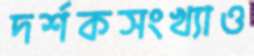
দর্শকসংখ্যাও